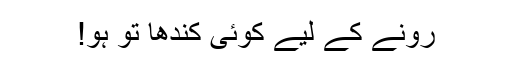
رونے کے لیے کوئی کندھا تو ہو!